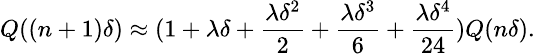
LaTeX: \small Q((n+1)\delta)\approx(1+\lambda\delta+\frac{\lambda\delta^{2}}{2}+\frac{\lambda\delta^{3}}{6}+\frac{\lambda\delta^{4}}{24})Q(n\delta).